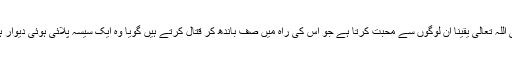
یعنی اللہ تعالیٰ یقیناً ان لوگوں سے محبت کرتا ہے جو اس کی راہ میں صف باندھ کر قتال کرتے ہیں گویا وہ ایک سیسہ پلائی ہوئی دیوار ہیں ۔